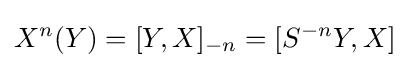
X^{n}(Y)=[Y,X]_{-n}=[S^{-n}Y,X]